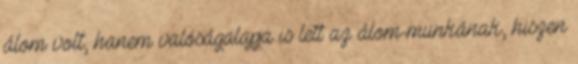
álom volt, hanem valóságalapja is lett az álom-munkának, hiszen